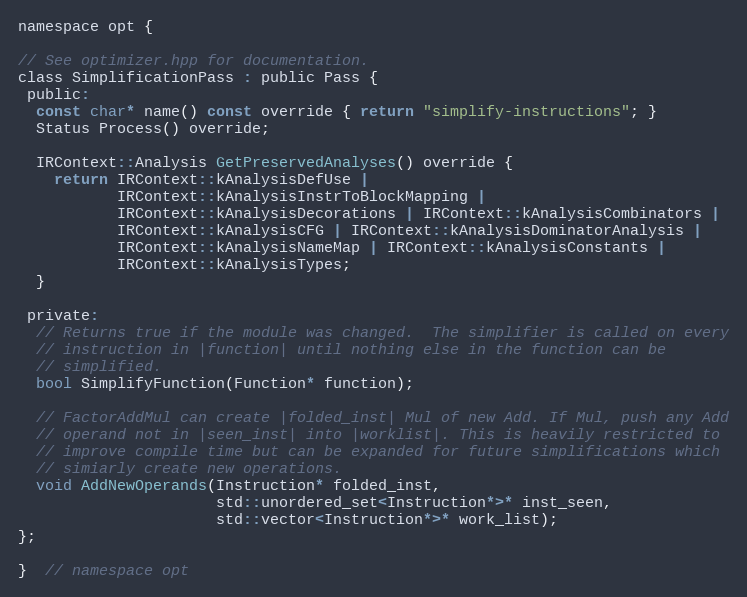
Language: C
namespace opt {

// See optimizer.hpp for documentation.
class SimplificationPass : public Pass {
 public:
  const char* name() const override { return "simplify-instructions"; }
  Status Process() override;

  IRContext::Analysis GetPreservedAnalyses() override {
    return IRContext::kAnalysisDefUse |
           IRContext::kAnalysisInstrToBlockMapping |
           IRContext::kAnalysisDecorations | IRContext::kAnalysisCombinators |
           IRContext::kAnalysisCFG | IRContext::kAnalysisDominatorAnalysis |
           IRContext::kAnalysisNameMap | IRContext::kAnalysisConstants |
           IRContext::kAnalysisTypes;
  }

 private:
  // Returns true if the module was changed.  The simplifier is called on every
  // instruction in |function| until nothing else in the function can be
  // simplified.
  bool SimplifyFunction(Function* function);

  // FactorAddMul can create |folded_inst| Mul of new Add. If Mul, push any Add
  // operand not in |seen_inst| into |worklist|. This is heavily restricted to
  // improve compile time but can be expanded for future simplifications which
  // simiarly create new operations.
  void AddNewOperands(Instruction* folded_inst,
                      std::unordered_set<Instruction*>* inst_seen,
                      std::vector<Instruction*>* work_list);
};

}  // namespace opt